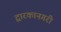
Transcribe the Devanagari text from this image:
द्वारकानगरी